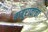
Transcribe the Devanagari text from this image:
बाबूरावांचा